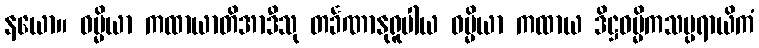
နယော။ ဓမ္မိယာ ကထာယာတိအာဒီသု တင်္ခဏာနုရူပါယ ဓမ္မိယာ ကထာယ ဒိဋ္ဌဓမ္မိကသမ္ပရာယိကံ